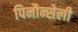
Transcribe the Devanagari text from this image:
पिनौन्सेली